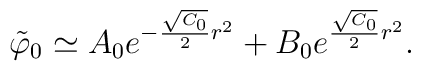
{\tilde \varphi}_0 \simeq A_0 e^{-{{\sqrt{C_0}}\over 2 }r^2} +  B_0 e^{{{\sqrt{C_0}}\over 2 }r^2}.